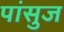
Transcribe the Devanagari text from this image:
पांसुज